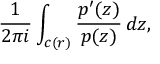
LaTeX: { \frac { 1 } { 2 \pi i } } \int _ { c ( r ) } { \frac { p ^ { \prime } ( z ) } { p ( z ) } } \, d z ,